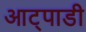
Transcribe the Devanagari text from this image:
आट्पाडी